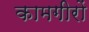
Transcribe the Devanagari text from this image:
कामगीरों